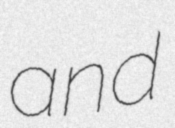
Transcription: and